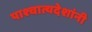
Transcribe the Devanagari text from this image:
पाश्चात्यदेशांनी